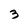
Character: 3